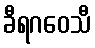
ခီရဂဝေသီ